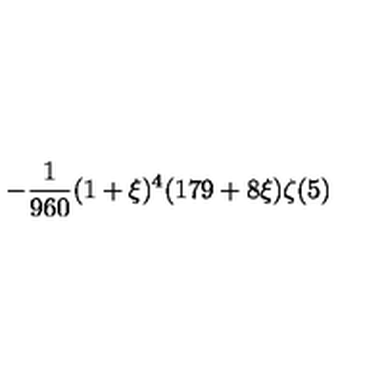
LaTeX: \displaystyle - \frac { 1 } { 9 6 0 } ( 1 + \xi ) ^ { 4 } ( 1 7 9 + 8 \xi ) \zeta ( 5 )